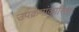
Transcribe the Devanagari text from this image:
उपक्रमांकारिता